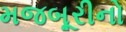
મજબૂરીનો